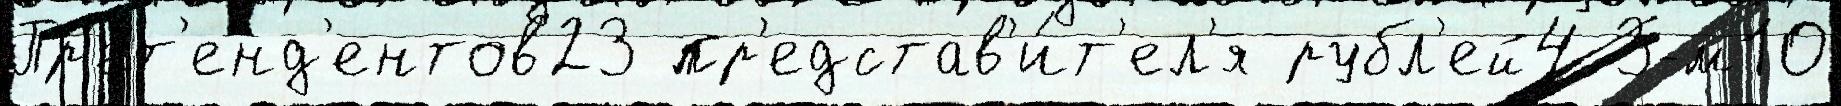
Пр'ет'енд'ентов23 пр'едстав'и́т'ел'я рубл'ей4 3-м10